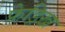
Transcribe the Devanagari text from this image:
फ्रेड्रिख़